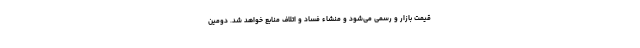
قیمت بازار و رسمی می‌شود و منشاء فساد و اتلاف منابع خواهد شد. دومین